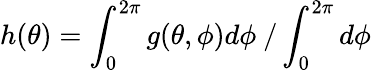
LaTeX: h(\theta)=\int_{0}^{2\pi}g(\theta,\phi)d\phi\ /\int_{0}^{2\pi}d\phi